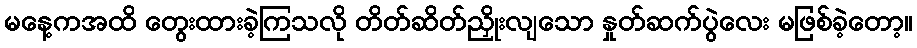
မနေ့ကအထိ တွေးထားခဲ့ကြသလို တိတ်ဆိတ်ညှိုးလျသော နှုတ်ဆက်ပွဲလေး မဖြစ်ခဲ့တော့။